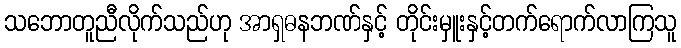
သဘောတူညီလိုက်သည်ဟု အာရှဓနဘဏ်နှင့် တိုင်းမှူးနှင့်တက်ရောက်လာကြသူ